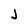
Character: J